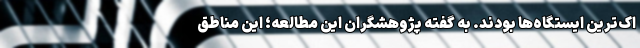
اک‌ترین ایستگاه‌ها بودند. به گفته پژوهشگران این مطالعه؛ این مناطق